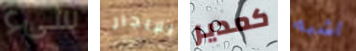
سىء للإيجار كمدير اشبه